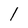
Character: l